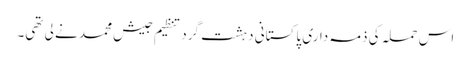
اس حملہ کی ذمہ داری پاکستانی دہشت گرد تنظیم جیش محمد نے لی تھی۔